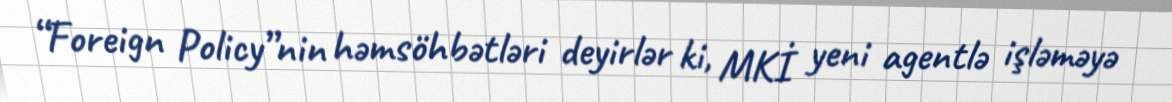
“Foreign Policy”nin həmsöhbətləri deyirlər ki, MKİ yeni agentlə işləməyə